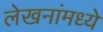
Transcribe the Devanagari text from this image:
लेखनांमध्ये